Vaccination in Bombay 1869-1873 - 1869-1873
Year: 1869
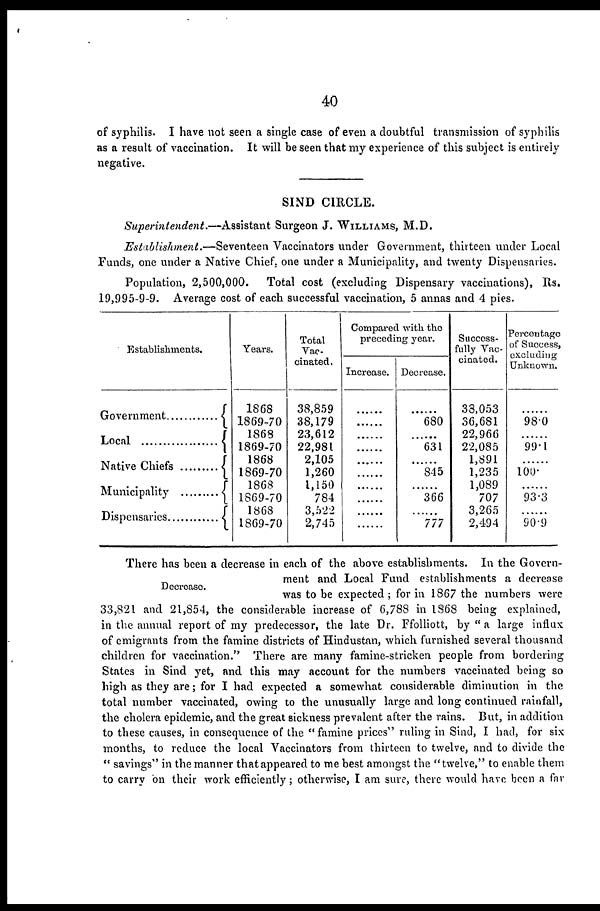
40
of syphilis. I have not seen a single case of even a doubtful transmission of syphilis
as a result of vaccination. It will be seen that my experience of this subject is entirely-
negative.
SIND CIRCLE.
Superintendent.—Assistant
Surgeon J. WILLIAMS, M.D.
Establishment.—Seventeen
Vaccinators under Government, thirteen under Local
Funds, one under a Native Chief, one under a Municipality, and twenty Dispensaries.
Population, 2,500,000.
Total cost (excluding Dispensary vaccinations), Rs.
19,995-9-9. Average cost of each successful vaccination, 5 annas and 4 pies.
Establishments.
Government ........
Local
Native Chiefs
Municipality ........
Dispensaries .........
Years.
1868
1869-70
1868
1869-70
1868
1869-70
1868
1869-70
1868
1869-70
Total
Vac-
cinated .
38,859
38,179
23,612
22,981
2,105
1,260
1,150
784
3,522
2,745
Compared with the
preceding year.
Increase.
......
......
......
......
......
......
......
......
......
......
Decrease.
......
680
......
631
......
845
......
366
......
777
Success-
fully Vac-
cinated.
38,053
36,681
22,966
22,085
1,891
1,235
1,089
707
3,265
2,494
Percentage
of Success,
excluding
Unknown.
......
98.0
......
99.1
......
100.
......
93.3
......
90.9
Decrease.
There has been a decrease in each of the above establishments. In the Govern-
ment and Local Fund establishments a decrease
was to be expected ; for in 1867 the numbers were
33,821 and 21,854, the considerable increase of 6,788 in 1868 being explained,
in the annual report of my predecessor, the late Dr. Ffolliott, by " a large influx
of emigrants from the famine districts of Hindustan, which furnished several thousand
children for vaccination." There are many famine-stricken people from bordering
States in Sind yet, and this may account for the numbers vaccinated being so
high as they are ; for I had expected a somewhat considerable diminution in the
total number vaccinated, owing to the unusually large and long continued rainfall,
the cholera epidemic, and the great sickness prevalent after the rains. But, in addition
to these causes, in consequence of the "famine prices" ruling in Sind, I had, for six
months, to reduce the local Vaccinators from thirteen to twelve, and to divide the
" savings" in the manner that appeared to me best amongst the "twelve," to enable them
to carry on their work efficiently; otherwise, I am sure, there would have been a far